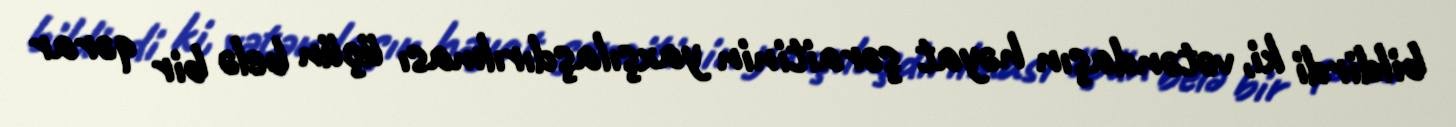
bildirdi ki, vətəndaşın həyat şəraitinin yaxşılaşdırılması üçün belə bir qərar